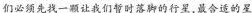
们必须先找一颗让我们暂时落脚的行星，最合适的星